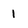
Character: 1